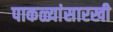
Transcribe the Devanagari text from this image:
पाकळ्यांसारखी